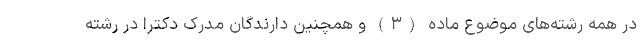
در همه رشته‌های موضوع ماده (۳) و همچنین دارندگان مدرک دکترا در رشته